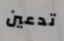
تدعين